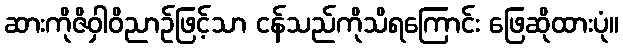
ဆားကိုဇိဝှါဝိညာဉ်ဖြင့်သာ ငန်သည်ကိုသိရကြောင်း ဖြေဆိုထားပုံ။